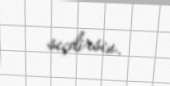
seçdirsin.